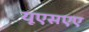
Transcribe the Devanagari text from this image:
यूएसएए